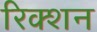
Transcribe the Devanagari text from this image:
रिक्शन